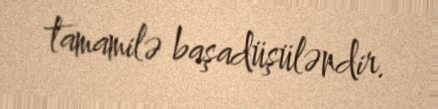
tamamilə başadüşüləndir.